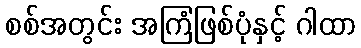
စစ်အတွင်း အကြံဖြစ်ပုံနှင့် ဂါထာ